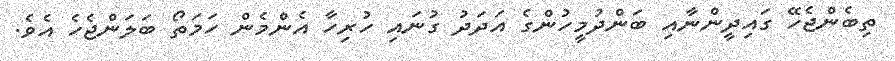
ތިބެންޖެހޭ ގައިދީންނާއި ބަންދުމީހުންގެ އަދަދު ގުނައި ހުރިހާ އެންމެން ހަމަތޯ ބަލަންޖެހެ އެވެ.